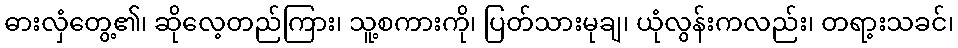
ဓားလှံတွေ့၏၊ ဆိုလေ့တည်ကြား၊ သူ့စကားကို၊ ပြတ်သားမုချ၊ ယုံလွန်းကလည်း၊ တရာ့းသခင်၊